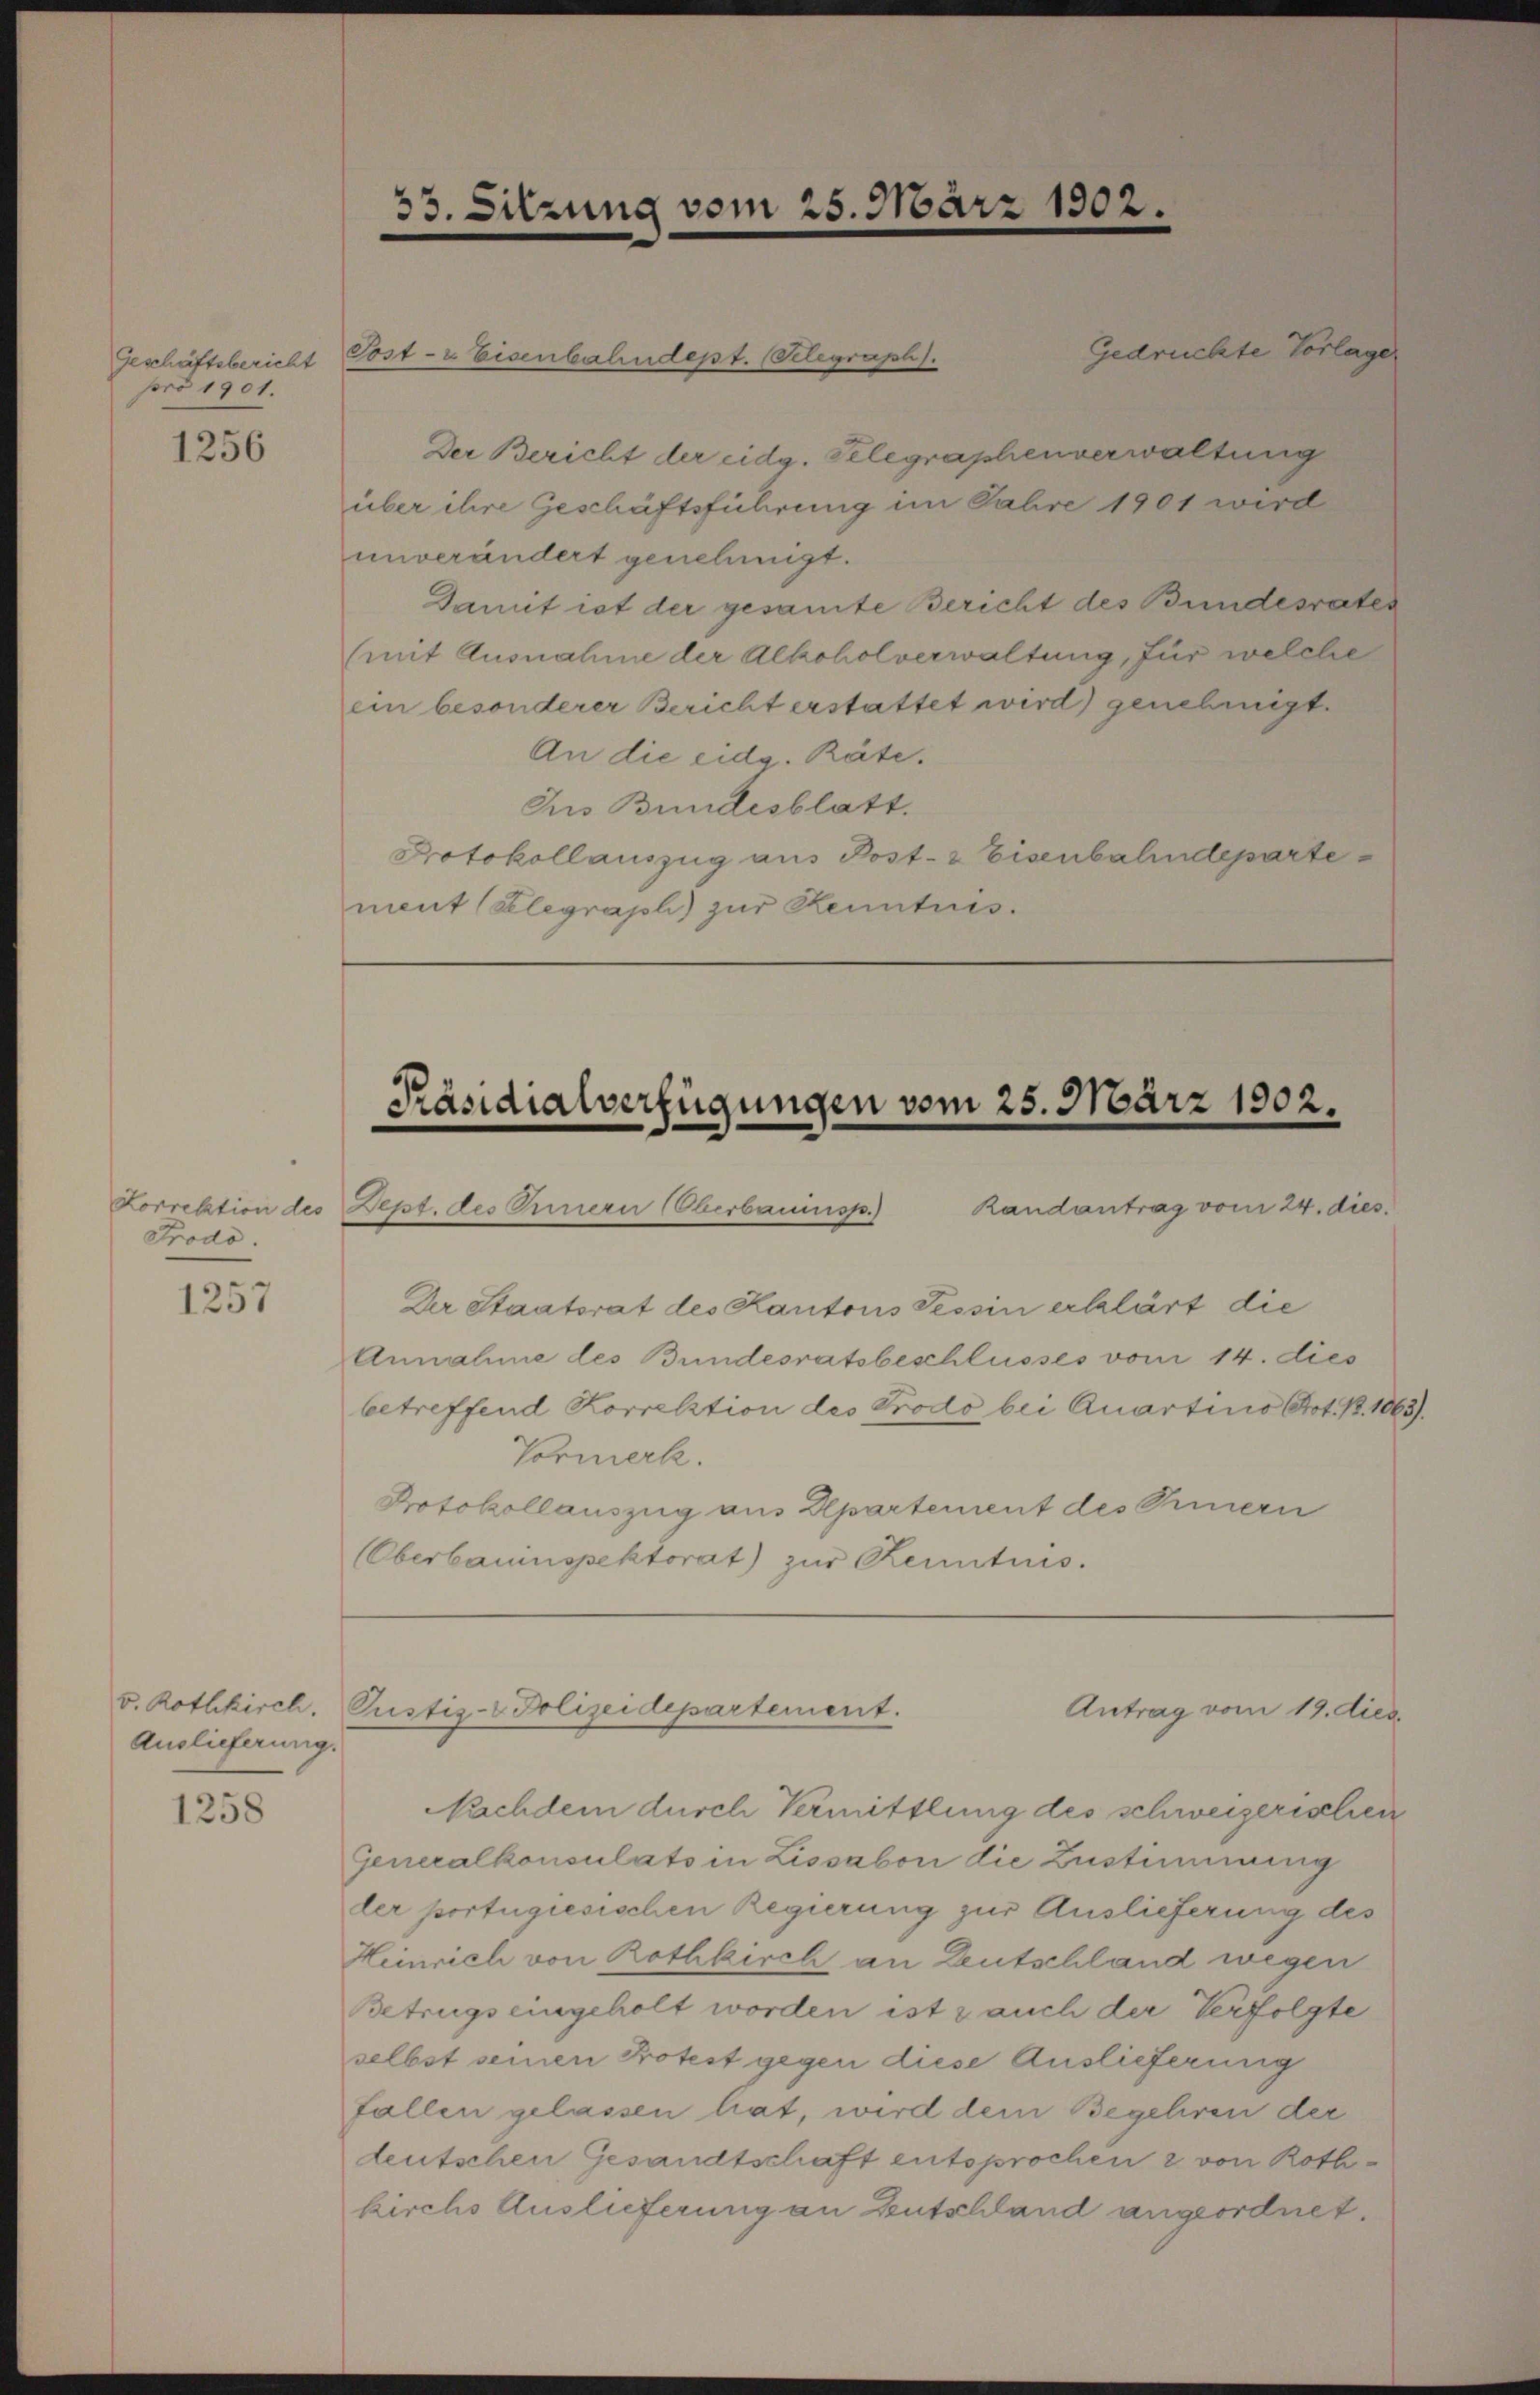
Geschäftsbericht
pro 1901.

1256

Lorrektion des
Frodo.

1257

Auslieferung.

1258

Sost- & Eisenbahndept. (Selegraph).
Der Bericht der eidg. Gelegraphenverwaltung

über ihre Geschäftsführung im Jahre 1901 wird
unverändert genehmigt.
Damit ist der gesamte Bericht des Bundesrates
(mit Ausnahme der Alkoholverwaltung, für welche
ein besonderer Bericht erstattet wird) genehmigt.
An die eidg. Räte.
Ins Bundesblatt.
Protokollauszug aus Post- & Eisenbahndeparte
ment (Klegraph zur Kenntnis.

Präsidialverfügungen vom 25. März 1902.
Dept. des Innern (Oberbauinsp.) Randantrag vom 24. dies

Der Staatsrat des Kantons Tessin erklärt die
Annahme des Bundesratsbeschlusses vom 14. dies
betreffend Korrektion des Prodo bei Quartino Prot. B. 1063).
Vormerk.
Protokollauszug aus Apartement des Innern
Oberbauinspektorat) zur Renntnis.

33. Sitzung vom 25. März 1902.

v. Rothkirch. Pustiz- Polizeidepartement.

Gedruckte Vorlage

Antrag vom 19. dies

Nachdem durch Vermittlung des schweizerischen
Generalkonsulats in Lissabon die Zustimmung
der portugiesischen Regierung zur Auslieferung des
Heinrich von Rothkirch an Deutschland wegen
Betrugs eingeholt worden ist z auch der Verfolgte
selbst seinen Protest gegen diese Auslieferung
fallen gelassen hat, wird dem Begehren der
deutschen Gesandtschaft entsprochen & von Rothkirchs Auslieferung an Deutschland angeordnet.